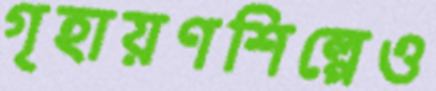
গৃহায়ণশিল্পেও